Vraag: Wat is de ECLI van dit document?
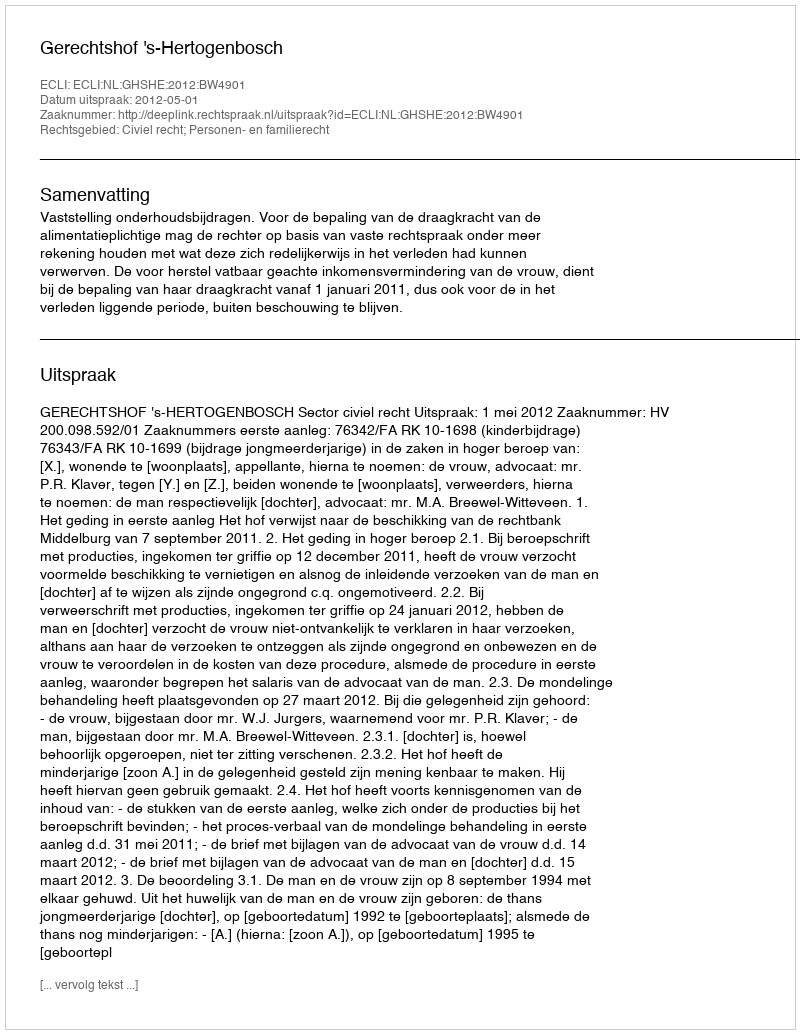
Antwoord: ECLI:NL:GHSHE:2012:BW4901